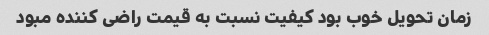
زمان تحویل خوب بود کیفیت نسبت به قیمت راضی کننده مبود